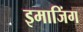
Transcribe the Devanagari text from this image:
इमाजिंग